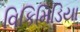
વિકિમિડિયા